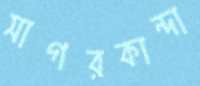
সাগরকান্দা